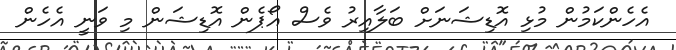
އެހެންކަމުން މުޅި އޮޑިޝަނަށް ބަލާއިރު ވެސް އޯޕެން އޮޑިޝަން މި ވަނީ އެހެން